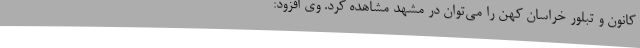
کانون و تبلور خراسان کهن را می‌توان در مشهد مشاهده کرد. وی افزود: